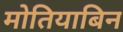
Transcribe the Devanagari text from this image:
मोतियाबिन